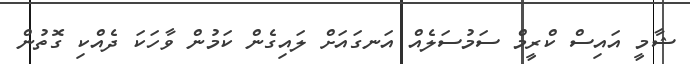
ޝާމީ އައިސް ކްރީމް ސަމުސަލެއް އަނގައަށް ލައިގެން ކަމުން ވާހަކަ ދެއްކި ގޮތުން